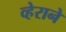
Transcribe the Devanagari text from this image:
व्हेराने